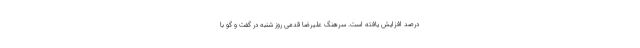
درصد افزایش یافته است. سرهنگ علیرضا قدمی روز شنبه در گفت و گو با